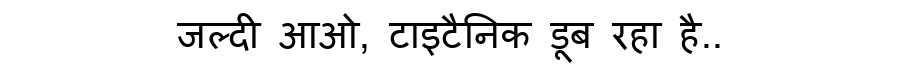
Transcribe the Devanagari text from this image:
जल्दी आओ, टाइटैनिक डूब रहा है..